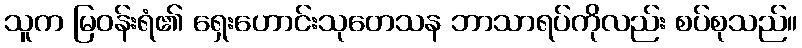
သူက မြဝန်းရံ၏ ရှေးဟောင်းသုတေသန ဘာသာရပ်ကိုလည်း စပ်စုသည်။